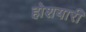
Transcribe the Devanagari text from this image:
होशयारी